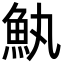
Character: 𮫰